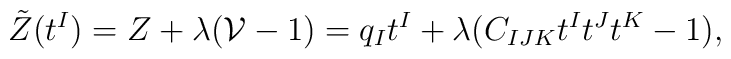
\tilde Z (t^I) = Z +\lambda ( {\cal V}-1) = q_It^I+\lambda(C_{IJK}t^It^Jt^K-1),